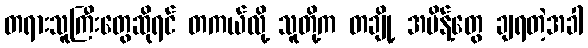
တရားသူကြီးတွေဆိုရင် တကယ်လို့ သူတို့က တချို့ အမိန့်တွေ ချရတဲ့အခါ